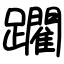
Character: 躙